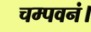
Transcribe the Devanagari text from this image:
चम्पवनं।